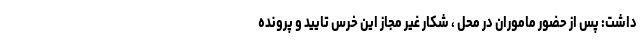
داشت: پس از حضور ماموران در محل ، شکار غیر مجاز این خرس تایید و پرونده